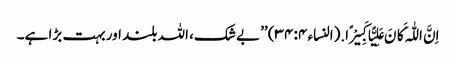
اِنَّ اللّٰہَ کَانَ عَلِیًّا کَبِیْرًا.(النساء ۴: ۳۴) ’’بے شک، اللہ بلند اور بہت بڑا ہے۔